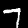
Digit: 7